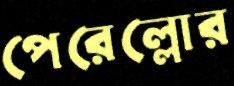
পেরেল্লোর